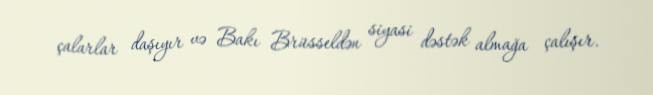
çalarlar daşıyır və Bakı Brüsseldən siyasi dəstək almağa çalışır.